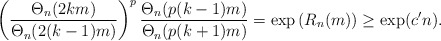
\begin{align*}\left(\frac{\Theta_n(2km)}{\Theta_n(2(k-1)m)}\right)^p\frac{\Theta_n(p(k-1)m)}{\Theta_n(p(k+1)m)}=\exp\left(R_n(m)\right)\geq \exp(c' n). \end{align*}